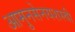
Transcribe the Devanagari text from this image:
आमुनसेनयशस्वी